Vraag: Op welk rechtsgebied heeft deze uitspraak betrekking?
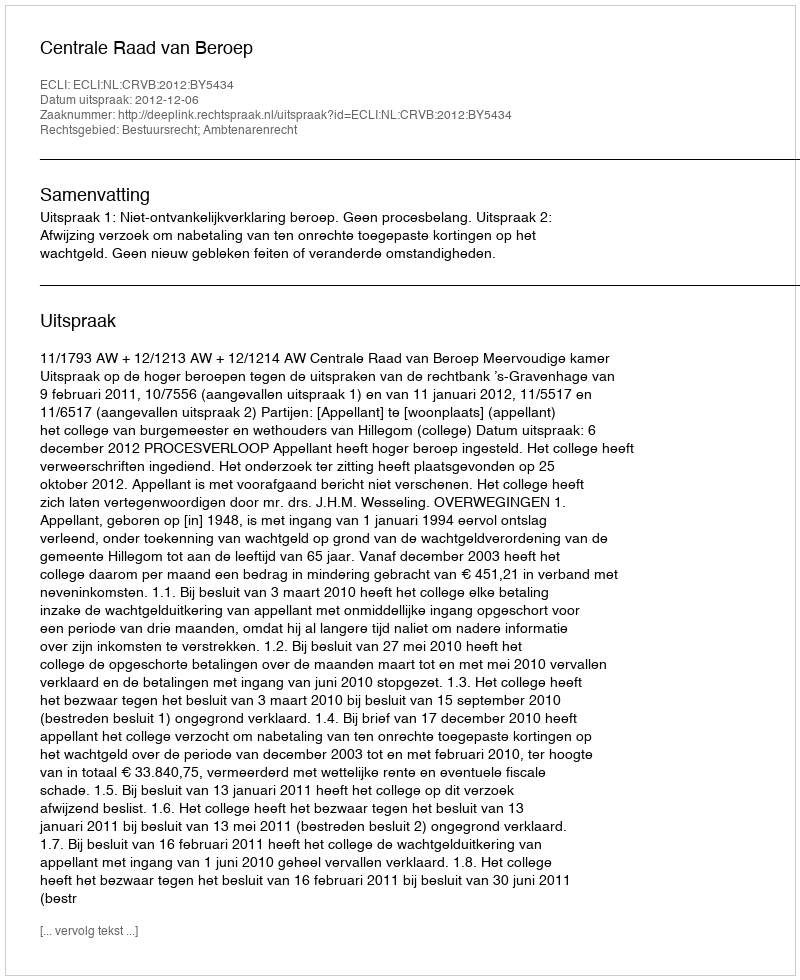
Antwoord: Bestuursrecht; Ambtenarenrecht